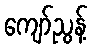
ကျော်ညွန့်